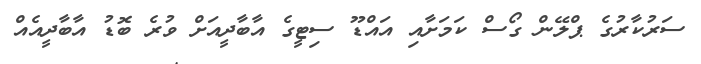
ސަރުކާރުގެ ޕްލޭން ގޯސް ކަމަށާއި އައްޑޫ ސިޓީގެ އާބާދީއަށް ވުރެ ބޮޑު އާބާދީއެއް